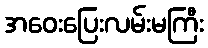
အဝေးပြေးလမ်းမကြီး